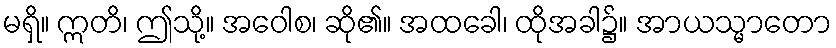
မရှိ။ ဣတိ၊ ဤသို့။ အဝေါစ၊ ဆို၏။ အထခေါ၊ ထိုအခါ၌။ အာယသ္မာတော